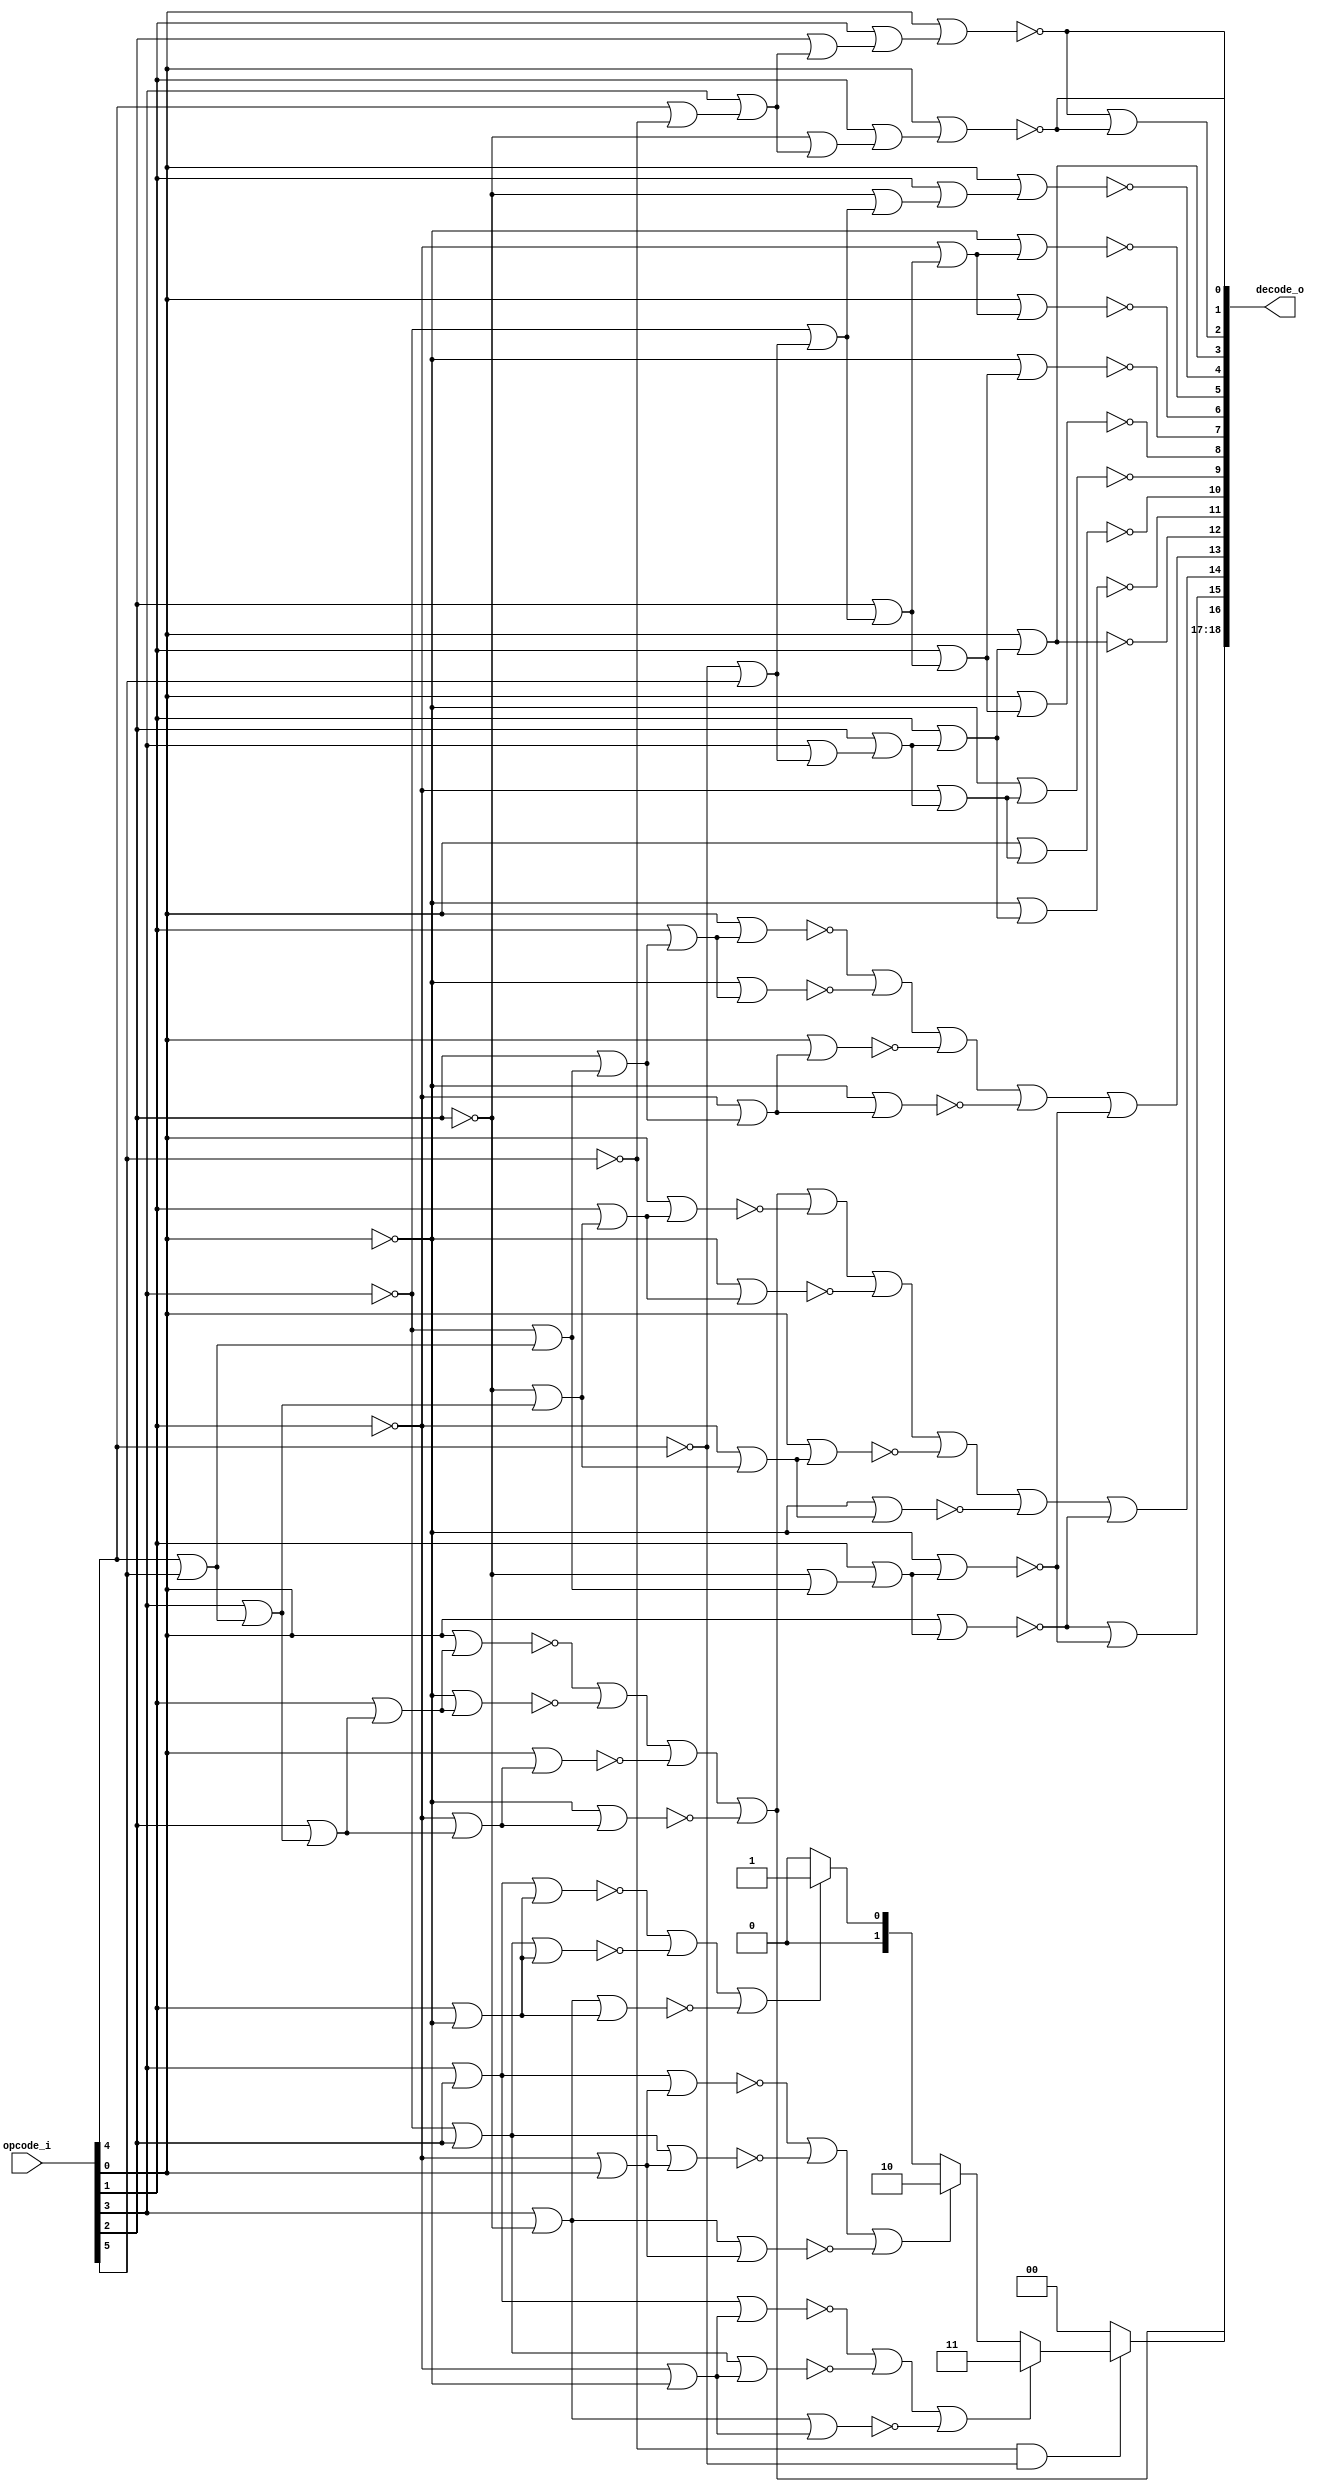
module bsg_cache_decode
(
  opcode_i,
  decode_o
);

  input [5:0] opcode_i;
  output [18:0] decode_o;
  wire [18:0] decode_o;
  wire N0,N1,N2,N3,N4,N5,N6,N7,N8,N9,N10,N11,N12,N13,N14,N15,N16,N17,N18,N19,N20,N21,
  N22,N23,N24,N25,N26,N27,N28,N29,N30,N31,N32,N33,N34,N35,N36,N37,N38,N39,N40,N41,
  N42,N44,N45,N46,N48,N50,N51,N52,N53,N54,N56,N58,N59,N61,N63,N64,N65,N66,N68,N69,
  N70,N71,N72,N73,N75,N76,N77,N79,N80,N81,N82,N83,N84,N85,N86,N87,N88,N89,N90,N91,
  N92,N93,N94,N95,N96,N97,N98,N99,N100,N101,N102,N103,N104,N105,N106,N107,N108,N109,
  N110,N111,N112,N113,N114,N115,N116,N117,N118,N119,N120,N121,N123,N124,N125,N126,
  N127,N128,N129,N130,N131,N132,N133,N134,N135,N136,N137,N138,N139,N140,N141,N142,
  N143,N144,N145,N146,N147,N148,N149;
  assign N6 = N68 & N36;
  assign N8 = opcode_i[3] | opcode_i[2];
  assign N9 = N44 | N37;
  assign N10 = N8 | N9;
  assign N11 = N50 | opcode_i[2];
  assign N12 = N11 | N9;
  assign N13 = opcode_i[3] | N63;
  assign N14 = N13 | N9;
  assign N16 = N44 | opcode_i[0];
  assign N17 = N8 | N16;
  assign N18 = N11 | N16;
  assign N19 = N13 | N16;
  assign N21 = opcode_i[1] | N37;
  assign N22 = N8 | N21;
  assign N23 = N11 | N21;
  assign N24 = N13 | N21;
  assign N26 = N50 & N63;
  assign N27 = N44 & N37;
  assign N28 = N26 & N27;
  assign N29 = opcode_i[1] | opcode_i[0];
  assign N30 = N11 | N29;
  assign N31 = N13 | N29;
  assign N33 = opcode_i[3] & opcode_i[2];
  assign N36 = ~opcode_i[4];
  assign N37 = ~opcode_i[0];
  assign N38 = N36 | opcode_i[5];
  assign N39 = opcode_i[3] | N38;
  assign N40 = opcode_i[2] | N39;
  assign N41 = opcode_i[1] | N40;
  assign N42 = N37 | N41;
  assign decode_o[11] = ~N42;
  assign N44 = ~opcode_i[1];
  assign N45 = N44 | N40;
  assign N46 = opcode_i[0] | N45;
  assign decode_o[10] = ~N46;
  assign N48 = N37 | N45;
  assign decode_o[9] = ~N48;
  assign N50 = ~opcode_i[3];
  assign N51 = N50 | N38;
  assign N52 = opcode_i[2] | N51;
  assign N53 = opcode_i[1] | N52;
  assign N54 = opcode_i[0] | N53;
  assign decode_o[8] = ~N54;
  assign N56 = N37 | N53;
  assign decode_o[7] = ~N56;
  assign N58 = N44 | N52;
  assign N59 = opcode_i[0] | N58;
  assign decode_o[6] = ~N59;
  assign N61 = N37 | N58;
  assign decode_o[5] = ~N61;
  assign N63 = ~opcode_i[2];
  assign N64 = N63 | N51;
  assign N65 = opcode_i[1] | N64;
  assign N66 = opcode_i[0] | N65;
  assign decode_o[4] = ~N66;
  assign N68 = ~opcode_i[5];
  assign N69 = opcode_i[4] | N68;
  assign N70 = opcode_i[3] | N69;
  assign N71 = opcode_i[2] | N70;
  assign N72 = opcode_i[1] | N71;
  assign N73 = opcode_i[0] | N72;
  assign decode_o[1] = ~N73;
  assign N75 = N63 | N70;
  assign N76 = opcode_i[1] | N75;
  assign N77 = opcode_i[0] | N76;
  assign decode_o[0] = ~N77;
  assign N79 = opcode_i[4] | opcode_i[5];
  assign N80 = opcode_i[3] | N79;
  assign N81 = opcode_i[2] | N80;
  assign N82 = opcode_i[1] | N81;
  assign N83 = opcode_i[0] | N82;
  assign N84 = ~N83;
  assign N85 = N37 | N82;
  assign N86 = ~N85;
  assign N87 = N44 | N81;
  assign N88 = opcode_i[0] | N87;
  assign N89 = ~N88;
  assign N90 = N37 | N87;
  assign N91 = ~N90;
  assign N92 = N50 | N79;
  assign N93 = N63 | N92;
  assign N94 = opcode_i[1] | N93;
  assign N95 = opcode_i[0] | N94;
  assign N96 = ~N95;
  assign N97 = N37 | N94;
  assign N98 = ~N97;
  assign N99 = N63 | N80;
  assign N100 = opcode_i[1] | N99;
  assign N101 = opcode_i[0] | N100;
  assign N102 = ~N101;
  assign N103 = N37 | N100;
  assign N104 = ~N103;
  assign N105 = N44 | N99;
  assign N106 = opcode_i[0] | N105;
  assign N107 = ~N106;
  assign N108 = N37 | N105;
  assign N109 = ~N108;
  assign N110 = opcode_i[2] | N92;
  assign N111 = opcode_i[1] | N110;
  assign N112 = opcode_i[0] | N111;
  assign N113 = ~N112;
  assign N114 = N37 | N111;
  assign N115 = ~N114;
  assign N116 = N44 | N110;
  assign N117 = opcode_i[0] | N116;
  assign N118 = ~N117;
  assign N119 = N37 | N116;
  assign N120 = ~N119;
  assign N121 = opcode_i[0] | N41;
  assign decode_o[12] = ~N121;
  assign { N35, N34 } = (N0)? { 1'b1, 1'b1 } : 
                        (N1)? { 1'b1, 1'b0 } : 
                        (N2)? { 1'b0, 1'b1 } : 
                        (N3)? { 1'b0, 1'b0 } : 
                        (N4)? { 1'b0, 1'b0 } : 1'b0;
  assign N0 = N15;
  assign N1 = N20;
  assign N2 = N25;
  assign N3 = N32;
  assign N4 = N33;
  assign decode_o[18:17] = (N5)? { N35, N34 } : 
                           (N7)? { 1'b0, 1'b0 } : 1'b0;
  assign N5 = N6;
  assign N7 = ~N6;
  assign N15 = N125 | N126;
  assign N125 = N123 | N124;
  assign N123 = ~N10;
  assign N124 = ~N12;
  assign N126 = ~N14;
  assign N20 = N129 | N130;
  assign N129 = N127 | N128;
  assign N127 = ~N17;
  assign N128 = ~N18;
  assign N130 = ~N19;
  assign N25 = N133 | N134;
  assign N133 = N131 | N132;
  assign N131 = ~N22;
  assign N132 = ~N23;
  assign N134 = ~N24;
  assign N32 = N136 | N137;
  assign N136 = N28 | N135;
  assign N135 = ~N30;
  assign N137 = ~N31;
  assign decode_o[15] = N96 | N98;
  assign decode_o[16] = N139 | N91;
  assign N139 = N138 | N89;
  assign N138 = N84 | N86;
  assign decode_o[14] = N146 | N96;
  assign N146 = N145 | N109;
  assign N145 = N144 | N107;
  assign N144 = N143 | N104;
  assign N143 = N142 | N102;
  assign N142 = N141 | N91;
  assign N141 = N140 | N89;
  assign N140 = N84 | N86;
  assign decode_o[13] = N149 | N98;
  assign N149 = N148 | N120;
  assign N148 = N147 | N118;
  assign N147 = N113 | N115;
  assign decode_o[3] = ~decode_o[12];
  assign decode_o[2] = decode_o[1] | decode_o[0];

endmodule